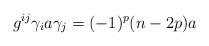
LaTeX: \begin{align*}g^{ij}\gamma_{i}a\gamma_{j}=(-1)^{p}(n-2p)a\end{align*}